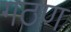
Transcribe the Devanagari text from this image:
गठण